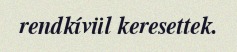
rendkívül keresettek.